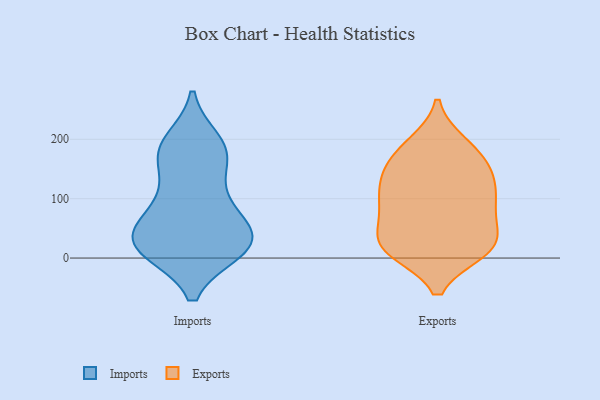
{"axis": {"x": "Churn Rate (%)", "y": "Value"}, "legend": ["Exports", "Imports"], "data": [{"x": "", "y": 189, "type": "Imports"}, {"x": "", "y": 13, "type": "Imports"}, {"x": "", "y": 196, "type": "Imports"}, {"x": "", "y": 17, "type": "Imports"}, {"x": "", "y": 47, "type": "Imports"}, {"x": "", "y": 39, "type": "Imports"}, {"x": "", "y": 176, "type": "Imports"}, {"x": "", "y": 15, "type": "Imports"}, {"x": "", "y": 56, "type": "Imports"}, {"x": "", "y": 166, "type": "Imports"}, {"x": "", "y": 76, "type": "Imports"}, {"x": "", "y": 100, "type": "Imports"}, {"x": "", "y": 112, "type": "Imports"}, {"x": "", "y": 28, "type": "Imports"}, {"x": "", "y": 176, "type": "Imports"}, {"x": "", "y": 18, "type": "Imports"}, {"x": "", "y": 17, "type": "Imports"}, {"x": "", "y": 16, "type": "Exports"}, {"x": "", "y": 45, "type": "Exports"}, {"x": "", "y": 192, "type": "Exports"}, {"x": "", "y": 110, "type": "Exports"}, {"x": "", "y": 23, "type": "Exports"}, {"x": "", "y": 131, "type": "Exports"}, {"x": "", "y": 64, "type": "Exports"}, {"x": "", "y": 84, "type": "Exports"}, {"x": "", "y": 12, "type": "Exports"}, {"x": "", "y": 14, "type": "Exports"}, {"x": "", "y": 18, "type": "Exports"}, {"x": "", "y": 77, "type": "Exports"}, {"x": "", "y": 17, "type": "Exports"}, {"x": "", "y": 137, "type": "Exports"}, {"x": "", "y": 172, "type": "Exports"}, {"x": "", "y": 193, "type": "Exports"}, {"x": "", "y": 156, "type": "Exports"}, {"x": "", "y": 153, "type": "Exports"}, {"x": "", "y": 97, "type": "Exports"}, {"x": "", "y": 108, "type": "Exports"}]}